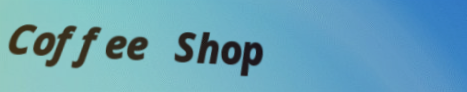
Coffee Shop